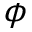
\phi